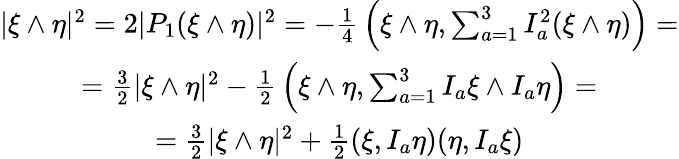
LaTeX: \begin{array}{c}{{|\xi\wedge\eta|^{2}=2|P_{1}(\xi\wedge\eta)|^{2}=-{\frac{1}{4}}\left(\xi\wedge\eta,\sum_{a=1}^{3}I_{a}^{2}(\xi\wedge\eta)\right)=}}\\ {{={\frac{3}{2}}|\xi\wedge\eta|^{2}-{\frac{1}{2}}\left(\xi\wedge\eta,\sum_{a=1}^{3}I_{a}\xi\wedge I_{a}\eta\right)=}}\\ {{={\frac{3}{2}}|\xi\wedge\eta|^{2}+{\frac{1}{2}}(\xi,I_{a}\eta)(\eta,I_{a}\xi)}}\end{array}